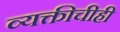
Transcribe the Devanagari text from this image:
व्यक्तीचीही